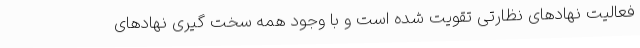
فعالیت نهادهای نظارتی تقویت شده است و با وجود همه سخت گیری نهادهای